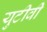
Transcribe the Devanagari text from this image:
युटीवी